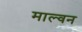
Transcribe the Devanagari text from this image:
माल्वन